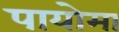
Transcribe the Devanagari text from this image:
पायोमा